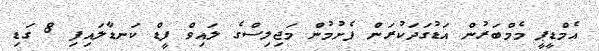
އެމްޑީޕީ މެމްބަރުން އަޑުގަދަކުރަން ފެށުމުން މަޖިލިސްގެ ލައިވް ފީޑް ކަނޑާލައިފި 8 ގަޑި